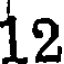
19